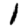
Digit: 1